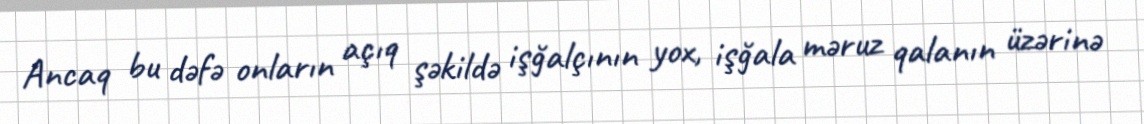
Ancaq bu dəfə onların açıq şəkildə işğalçının yox, işğala məruz qalanın üzərinə